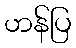
ဟန်ပြ